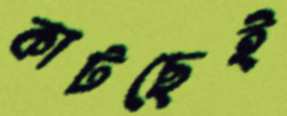
কাটছেই